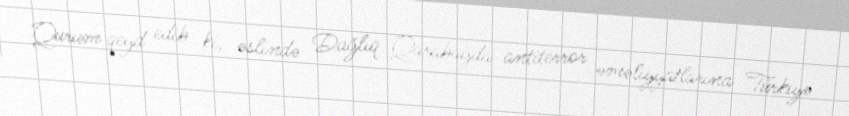
Qurum qeyd edib ki, əslində Dağlıq Qarabağda antiterror əməliyyatlarına Türkiyə